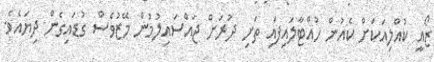
ޒޯއީ ކުއްލިއަކަށް ކެއުން ހުއްޓާލައިފައި ތަށި ދުރަށް ޖައްސައިލުމުން މޭޒުވެސް ގުޑައިގެން ދިޔައެވެ.